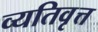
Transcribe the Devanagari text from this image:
व्यतिवृत्त